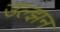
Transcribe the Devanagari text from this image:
उल्झन